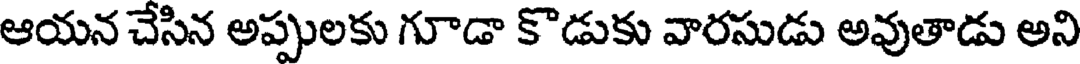
ఆయన చేసిన అప్పులకు గూడా కొడుకు వారసుడు అవుతాడు అని